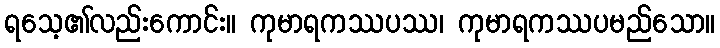
ရသေ့၏လည်းကောင်း။ ကုမာရကဿပဿ၊ ကုမာရကဿပမည်သော။